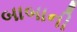
બાબાની